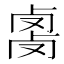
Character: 𰆇